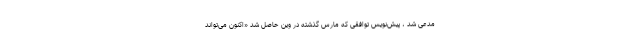
مدعی شد ، پیش‌نویس توافقی که مارس گذشته در وین حاصل شد «اکنون می‌تواند